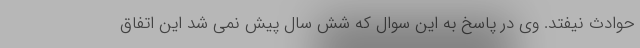
حوادث نیفتد. وی در پاسخ به این سوال که شش سال پیش نمی شد این اتفاق